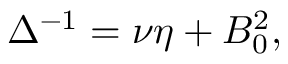
\Delta ^ { - 1 } = \nu \eta + B _ { 0 } ^ { 2 } , \quad